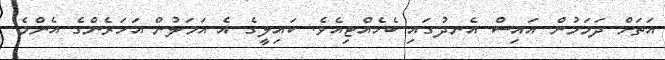
އަތަށް ދަމަމުން އައިސް އެނދުގައި ބެހެއްޓިއެވެ. ކައިލީގެ އެ އަމަލުން އަހަރެންގެ އެންމެ